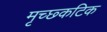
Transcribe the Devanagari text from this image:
मृच्छ्कटिक